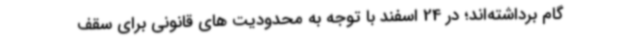
گام برداشته‌اند؛ در 24 اسفند با توجه به محدودیت های قانونی برای سقف